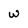
Character: w